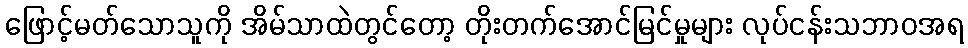
ဖြောင့်မတ်သောသူကို အိမ်သာထဲတွင်တော့ တိုးတက်အောင်မြင်မှုများ လုပ်ငန်းသဘာဝအရ